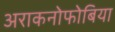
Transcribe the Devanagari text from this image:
अराकनोफोबिया